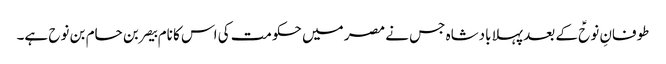
طوفانِ نوحؑ کے بعد پہلا بادشاہ جس نے مصر میں حکومت کی اس کا نام بیصر بن حام بن نوح ہے۔